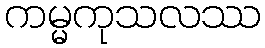
ကမ္မကုသလဿ